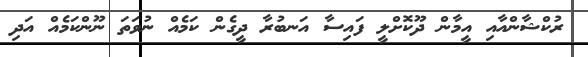
ރުކްޝާންއާއި އީމާން ދޫކޮށްލީ ފައިސާ އަނބުރާ ދީގެން ކަމެއް ނުވަތަ ނޫންކަމެއް އަދި